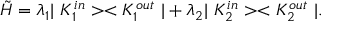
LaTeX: \tilde { \cal H } = \lambda _ { 1 } | \ K _ { 1 } ^ { i n } > < K _ { 1 } ^ { o u t } \ | + \lambda _ { 2 } | \ K _ { 2 } ^ { i n } > < K _ { 2 } ^ { o u t } \ | .